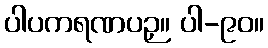
ပါပကရဏပဉှ။ ပါ-၉၀။